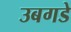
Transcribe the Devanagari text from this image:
उबगडे